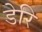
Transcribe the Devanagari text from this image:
डेरि